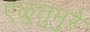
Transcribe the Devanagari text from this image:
एळुत्तुमुरै